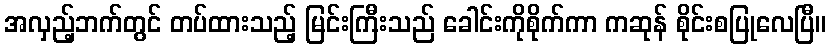
အလှည့်ဘက်တွင် တပ်ထားသည့် မြင်းကြီးသည် ခေါင်းကိုစိုက်ကာ ကဆုန် စိုင်းစပြုလေပြီ။